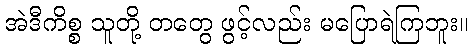
အဲဒီကိစ္စ သူတို့ တတွေ ဖွင့်လည်း မပြောရဲကြဘူး။